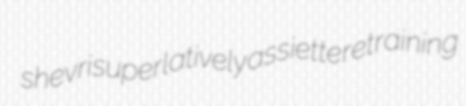
shevri superlatively assiette retraining